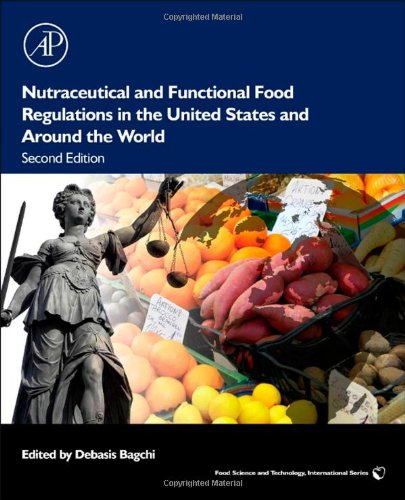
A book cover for Nutraceutical and Functional Food Regulations in the United States and Around the World, Second Edition (Food Science and Technology); Law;